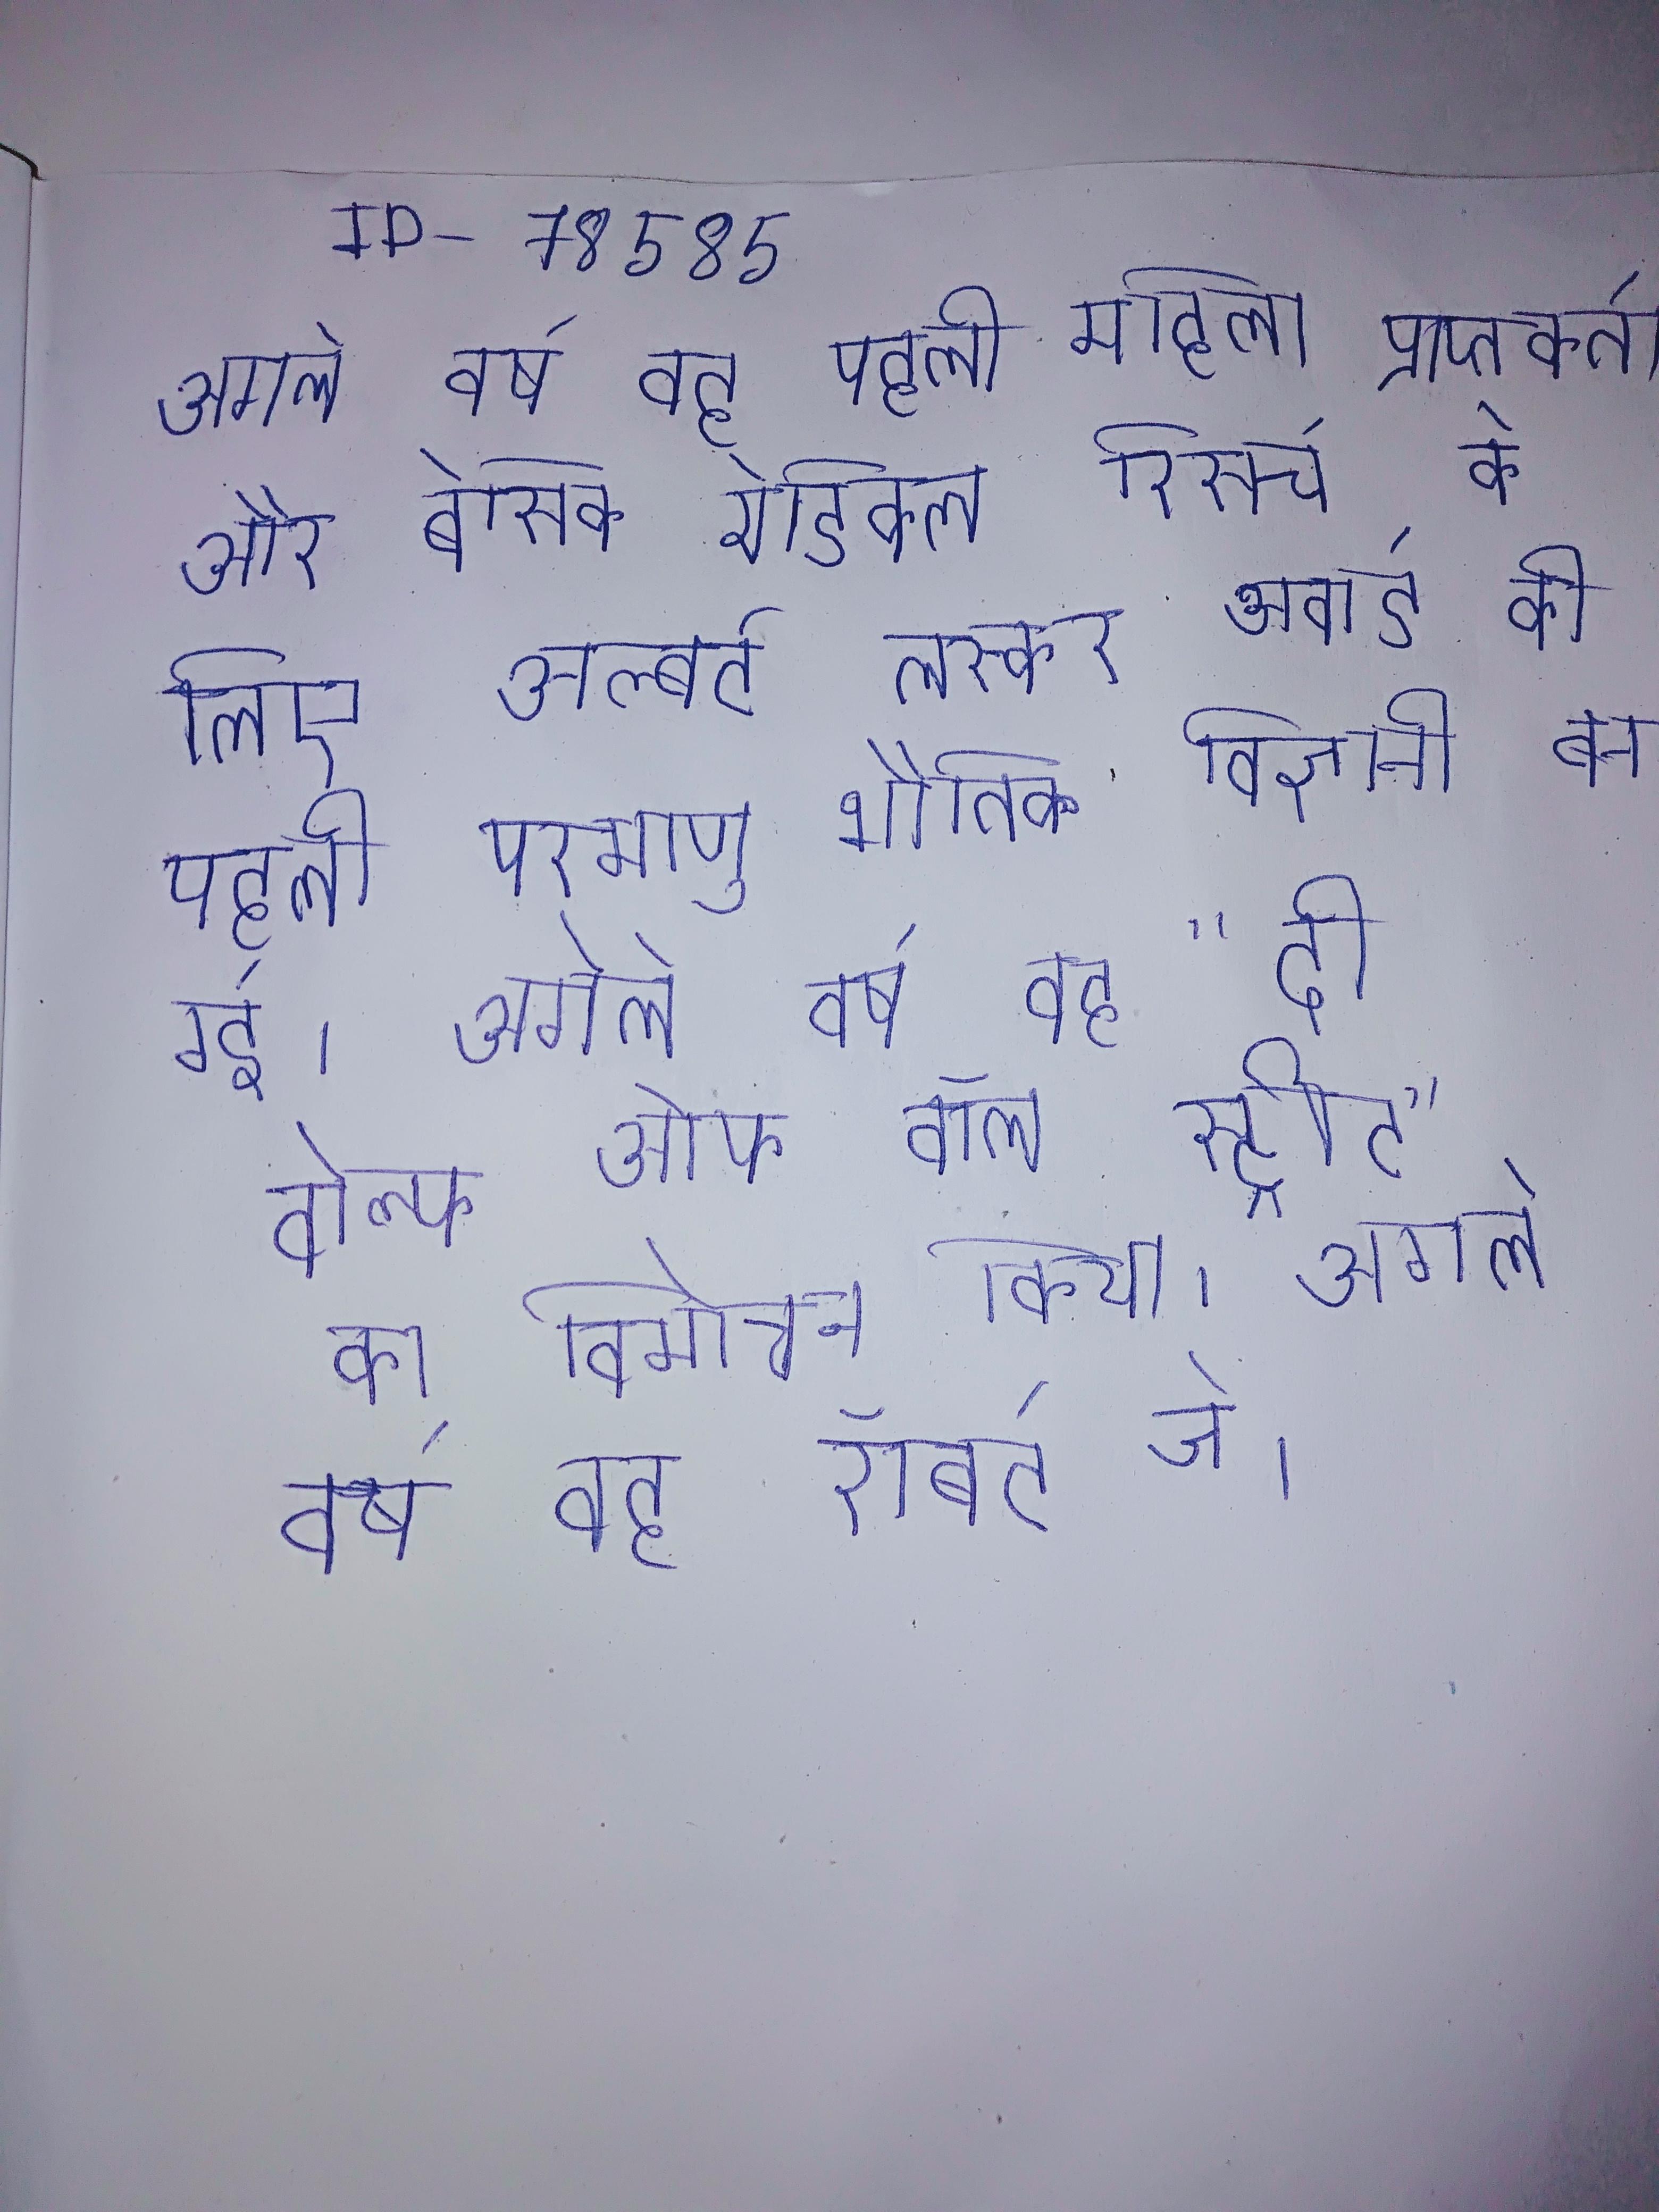
अगले वर्ष वह पहली महिला प्राप्तकर्ता और बेसिक मेडिकल रिसर्च के लिए अल्बर्ट लस्कर अवार्ड की पहली परमाणु भौतिक विज्ञानी बन गई । अगले वर्ष, वह "दी वोल्फ ओफ वॉल स्ट्रीट" का विमोचन किया । अगले वर्ष वह रॉबर्ट जे ।